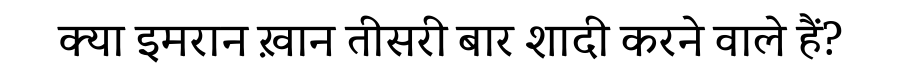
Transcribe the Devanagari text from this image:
क्या इमरान ख़ान तीसरी बार शादी करने वाले हैं?